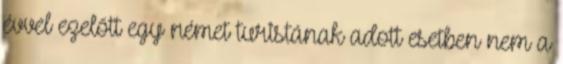
évvel ezelőtt egy német turistának adott esetben nem a